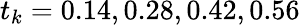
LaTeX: t_{k}=0.14,0.28,0.42,0.56